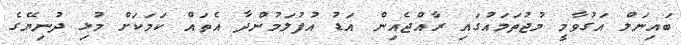
ބައިނަލް އަގުވާމީ މުޖުތަމައުގައި ރާއްޖެއިން އަޑު އުފުލަމުންދާ އެތައް ކަމަކަށް މުޅި ދުނިޔޭގެ